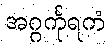
အဂ္ဂင်္ကုရကံ